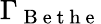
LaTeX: \Gamma_{\mathrm{~B~e~t~h~e~}}